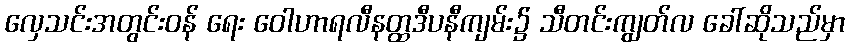
လှေသင်းအတွင်းဝန် ရေး ဝေါဟာရလီနတ္ထဒီပနီကျမ်း၌ သီတင်းကျွတ်လ ခေါ်ဆိုသည်မှာ